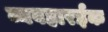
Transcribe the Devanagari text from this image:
व्यवहारईक